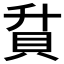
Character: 𮙶